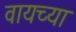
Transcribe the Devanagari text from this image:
वायच्या